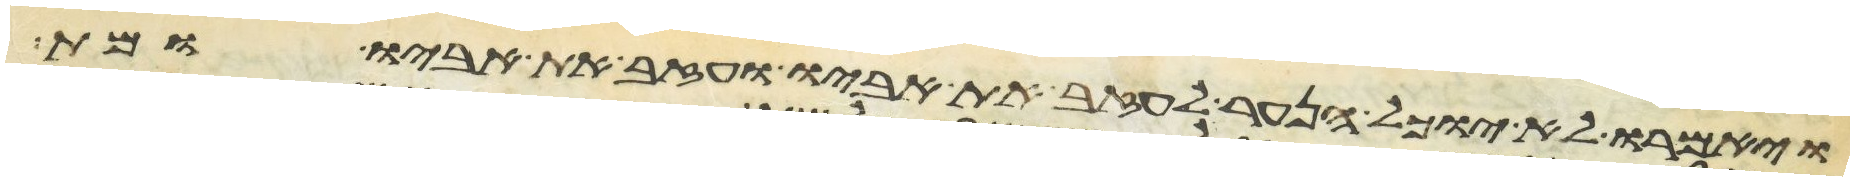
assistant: ויאמרו לא יוכל הנער לעזב את אביו ועזב את אביו ומת